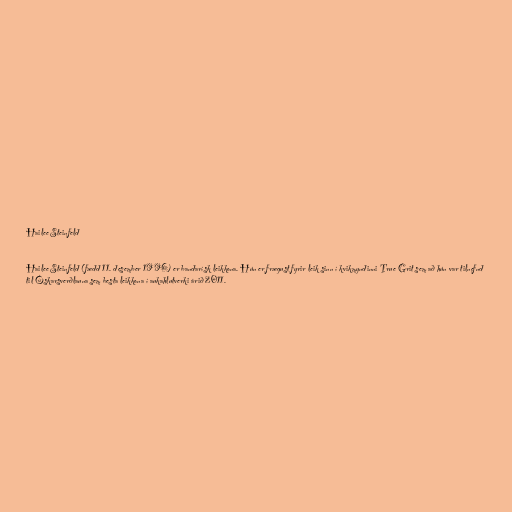
Hailee Steinfeld

Hailee Steinfeld (fædd 11. desember 1996) er bandarísk leikkona. Hún er frægust fyrir leik sinn í kvikmyndinni True Grit sem að hún var tilnefnd
til Óskarsverðlauna sem besta leikkona í aukahlutverki árið 2011.